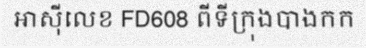
អាស៊ីលេខ FD608 ពីទីក្រុងបាងកក